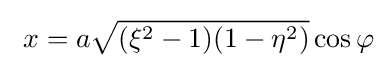
\ x=a{\sqrt {(\xi ^{2}-1)(1-\eta ^{2})}}\cos \varphi